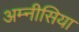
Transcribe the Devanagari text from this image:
अम्नीसिया